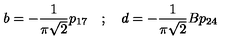
b = - \frac { 1 } { \pi \sqrt { 2 } } p _ { 1 7 } \quad ; \quad d = - \frac { 1 } { \pi \sqrt { 2 } } B p _ { 2 4 }